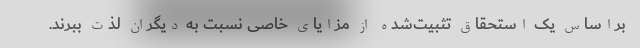
براساس یک استحقاق تثبیت‌شده از مزایای خاصی نسبت به دیگران لذت ببرند.